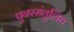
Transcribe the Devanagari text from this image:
पुनरसंतुलित